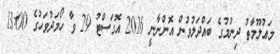
މަޢުލޫމާތު ދިނުމުގެ ބައްދަލުވުން އޮންނާނީ 2016 އޮގަސްޓު 29 ވާ ހޯމަދުވަހުގެ 13:00